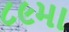
૮૯મા